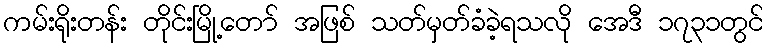
ကမ်းရိုးတန်း တိုင်းမြို့တော် အဖြစ် သတ်မှတ်ခံခဲ့ရသလို အေဒီ ၁၇၃၁တွင်